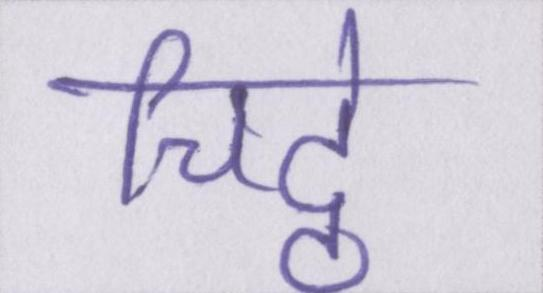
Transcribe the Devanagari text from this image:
चिट्ठे